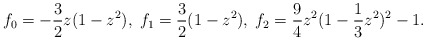
\begin{align*}f_0= - \frac{3}{2} z (1-z^2), \; f_1 = \frac{3}{2} (1-z^2),\; f_2 = \frac{9}{4} z^2 (1- \frac{1}{3} z^2)^2 - 1.\end{align*}